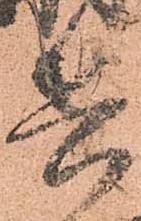
兵